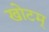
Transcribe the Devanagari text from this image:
खोटम्